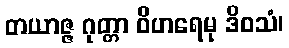
တယာဇ္ဇ ဂုတ္တာ ဝိဟရေမု ဒိဝသံ၊